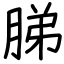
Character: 䏲